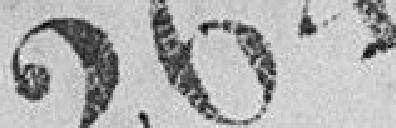
264